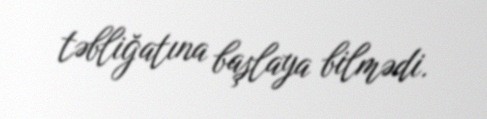
təbliğatına başlaya bilmədi.